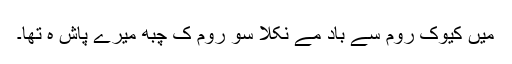
میں کیوکِ رُوم سے باد مے نِکلا سو رُوم کِ چبھِ میرے پاش ہِ تھا۔